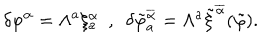
\delta \varphi ^ { \alpha } = \Lambda ^ { a } \xi _ { a } ^ { \alpha } \ \ , \ \ \delta \tilde { \varphi } _ { a } ^ { \overline { { { \alpha } } } } = \Lambda ^ { a } \tilde { \xi } ^ { \overline { { { \alpha } } } } ( \tilde { \varphi } ) .